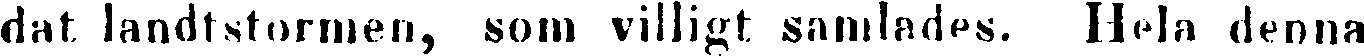
dat landtstormen, som villigt samlades. Hela denna